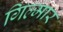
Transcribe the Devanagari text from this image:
गिल्मार